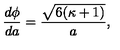
{ \frac { d \phi } { d a } } = { \frac { \sqrt { 6 ( \kappa + 1 ) } } { a } } ,